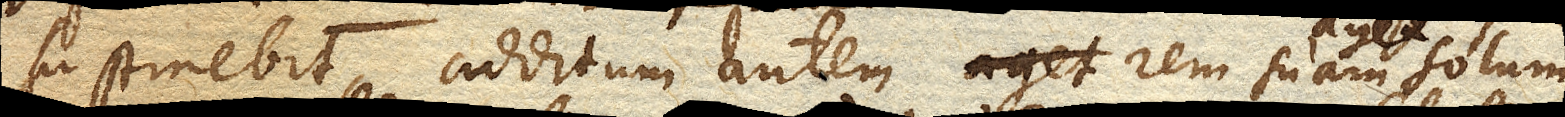
sustinebit, additum autem rem suam aget solum,